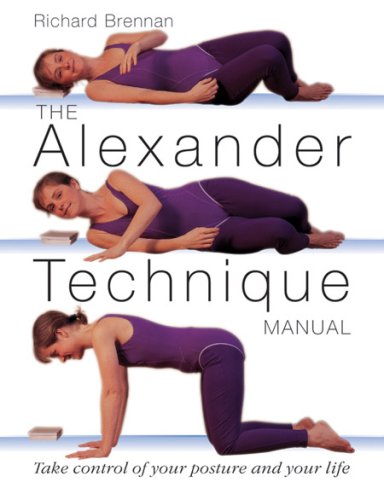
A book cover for The Alexander Technique Manual: Take Control of Your Posture and Your Life; Richard Brennan; Health, Fitness & Dieting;